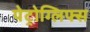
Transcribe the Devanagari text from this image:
पेट्रोग्लिफ्स